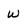
Character: w